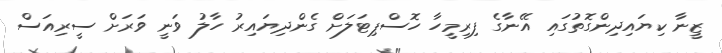
ޒީނާ ކިޔައިދިންގޮތުގައި އޭނާގެ ފިރިމީހާ ހޮސްޕިޓަލަށް ގެންދިޔައިރު ހާލު ވަނީ ވަރަށް ސީރިއަސް